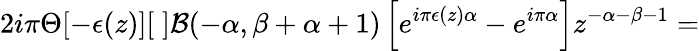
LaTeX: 2i\pi\Theta[-\epsilon(z)][\; ]{\cal B}(-\alpha,\beta+\alpha+1)\left[e^{i\pi\epsilon(z)\alpha}-e^{i\pi\alpha}\right]z^{-\alpha-\beta-1}=